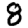
Digit: 8